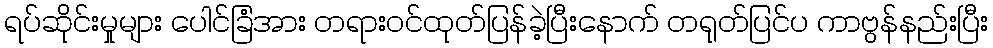
ရပ်ဆိုင်းမှုများ ပေါင်ခြံအား တရားဝင်ထုတ်ပြန်ခဲ့ပြီးနောက် တရုတ်ပြင်ပ ကာဗွန်နည်းပြီး